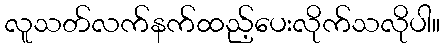
လူသတ်လက်နက်ထည့်ပေးလိုက်သလိုပါ။